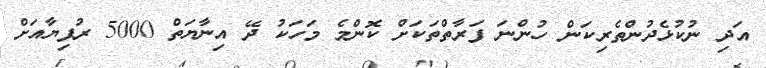
އަދި ނުކުޅެދުންތެރިކަން ހުންނަ ފަރާތްތަކަށް ކޮންމެ މަހަކު ދޭ އިނާޔަތް 5000 ރުފިޔާއަށް